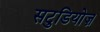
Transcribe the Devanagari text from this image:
सटुडियोज़